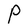
Character: P